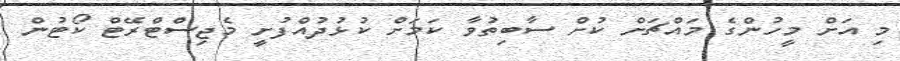
މި އަށް މީހުންގެ މައްޗަށް ކުށް ސާބިތުވާ ކަމަށް ކުޅުދުއްފުށީ މެޖިސްޓްރޭޓް ކޯޓުން